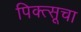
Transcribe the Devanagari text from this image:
पिक्त्सूचा